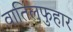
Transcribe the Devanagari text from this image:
वातिलफुहार